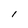
Character: l